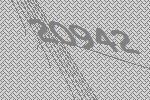
20942